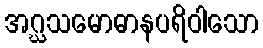
အဂ္ဃသမောဓာနပရိဝါသော